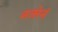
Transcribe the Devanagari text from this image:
नजरेनं